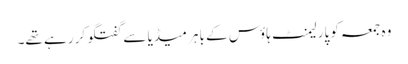
وہ جمعہ کو پارلیمنٹ ہاؤس کے باہر میڈیا سے گفتگو کر رہے تھے۔